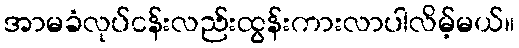
အာမခံလုပ်ငန်းလည်းထွန်းကားလာပါလိမ့်မယ်။